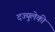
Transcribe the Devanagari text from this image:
दज्युलेकी